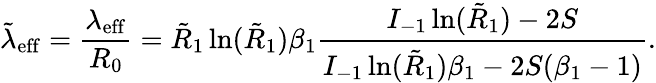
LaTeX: \tilde{\lambda}_{\mathrm{eff}}=\frac{\lambda_{\mathrm{eff}}}{R_{0}}=\tilde{R}_{1}\ln(\tilde{R}_{1})\beta_{1}\frac{I_{-1}\ln(\tilde{R}_{1})-2S}{I_{-1}\ln(\tilde{R}_{1})\beta_{1}-2S(\beta_{1}-1)}.